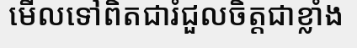
មើលទៅពិតជារំជួលចិត្តជាខ្លាំង